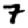
Digit: 7